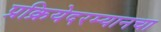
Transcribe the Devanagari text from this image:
प्रक्रियेदरम्यानचा